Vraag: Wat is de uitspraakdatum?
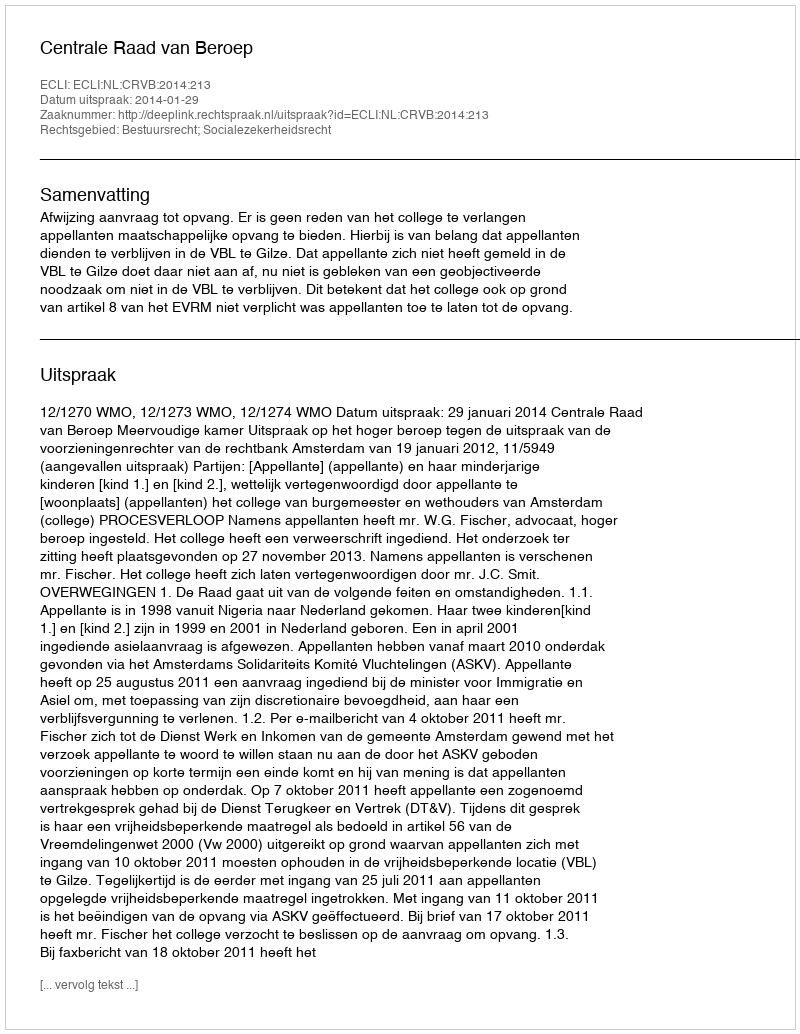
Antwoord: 2014-01-29